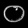
Digit: ၀